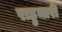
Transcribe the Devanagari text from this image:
राहुमारी